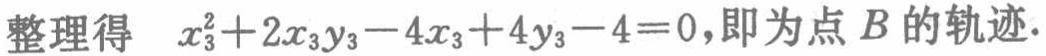
整理得 \(x_{3}^{2}+2x_{3}y_{3}-4x_{3}+4y_{3}-4 = 0\)，即为点 \(B\) 的轨迹.